Medical and sanitary report of the native army of Bengal for the year
Year: 1875
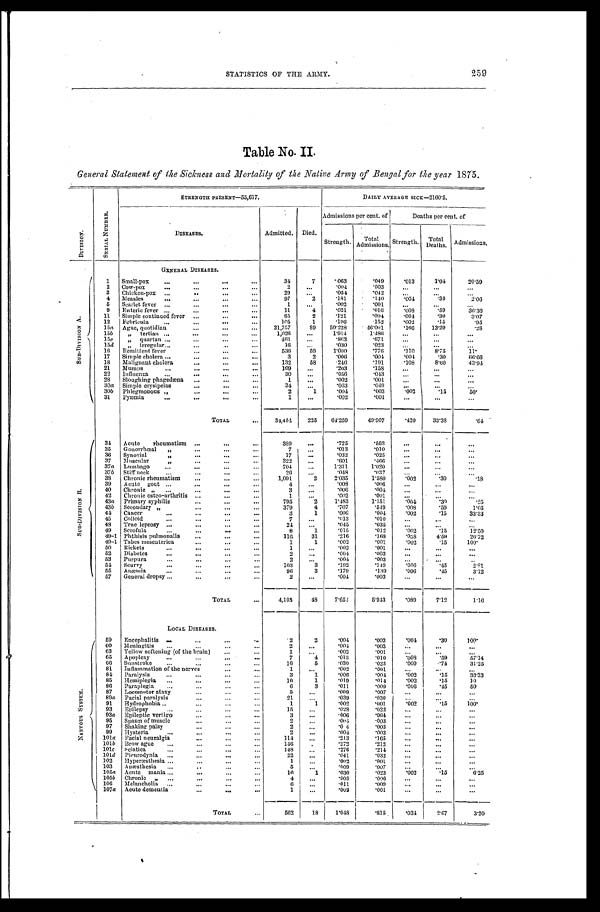
STATISTICS OF THE ARMY. 259
Table No. II.
General Statement of the Sickness and Mortality of the Native Army of Bengal for the year 1875.
D I V I S I O N .
S E R I A L N U M B E R .
E T R E N G T H P R E S E N T —5 3 , 6 1 7 .
DAILY AVERAGE SICK—2160.5.
D I S E A S E S .
Admitted. Died.
Admissions per cent. of
Deaths per cent. of
Strength. Total
Admissions. Strength. Total
Deat hs. Admi ssi ons.
GENERAL DISEASES.
S U B - D I V I S I O N A .
1 Small-pox
...
...
. . . ...
34
7
.063
.049
. 0 1 3 1.04
20.59
2 Cow-pox
. . . ...
. . . ...
2
...
. 0 0 4 .003
...
...
...
3 Chicken-pox ...
...
. . .
. . .
29
. . .
. 0 5 4 .042
. . .
... ...
4 Measles
. . . ...
...
...
97
2
. 1 8 1 .140
. 0 0 4
. 3 0
2 . 0 6
5 Scarlet fever ...
...
. . . ...
1
...
. 0 0 2 .001
...
...
...
9 Enteric fever ...
...
...
...
11
4
. 0 2 1 .016
. 0 0 8
. 5 9 36.36
11 Simple continued fever ...
...
...
65
2
. 1 2 1 .094
. 0 0 4
. 3 0 3.07
12 Febricula
...
...
. . .
...
105
1
. 1 9 6 .152
. 0 0 2
. 1 5
. 9 5
15a Ague, quotidian
...
. . .
. . . 31,757
8 9 59.228
46.001
. 1 6 6 13.20
. 2 8
15b „ tertian ...
...
. . . ...
1,026
...
1.914
1.486
...
...
...
15c „ quartan ...
...
. . . ...
463
...
. 8 6 3 .671
...
...
...
15d
„ irregular...
...
. . .
. . .
16
...
. 0 3 0 .023
. . .
...
. . .
16 Remittent fever
...
. . .
. . .
536
59
1.000
.776
. 1 1 0 8.75
11.
17 Simple cholera ...
...
...
...
3
2
. 0 0 6 .004
. 0 0 4
. 3 0
6 6 . 6 6
18 Malignant cholera
...
...
...
132
58
. 2 4 6 .191
. 1 0 8 8.60
43.94
21 Mumps
. . . ...
...
...
109
...
. 2 0 3 .158
...
...
...
22 influenza
...
...
...
...
30
...
. 0 5 6 .043
...
...
...
28 Sloughing phagedæna ...
...
...
1
...
. 0 0 2 .001
...
...
...
30a Simple erysipelas
...
...
. . .
34
. . .
. 0 6 3 .049
...
... ...
30b Phlegmonous „
...
...
...
2
1
. 0 0 4 .003
. 0 0 2
. 1 5 50.
31 Pyæmia
...
...
...
...
1
...
. 0 0 2 .001
...
...
...
TOTAL
...
3 4 , 4 5 4
225 6 4 . 2 5 9
49.907
. 4 2 0 33.38
. 6 4
S U B - D I V I S I O N B .
34 Acute rheumatism ...
...
...
389 ...
. 7 2 5 .563
...
. . .
. . .
35 Gonorrhœal „
...
...
...
7
...
. 0 1 3 .010
...
. . .
...
36 Synovial
„ ...
...
...
17
...
. 0 3 2 .025
...
. . .
...
37 Muscular
„
...
...
. . .
322
...
. 6 0 1 .466 ...
...
...
37a Lumbago
. . .
...
...
...
704
...
1.311
1.020
...
... ...
37b Stiff neck
. . .
...
...
...
26
. . .
. 0 4 8 .037 ...
...
...
38 Chronic rheumatism ...
...
...
1,091
2
2.035
1.580
. 0 0 2
. 3 0
. 1 8
39 Acute gout ...
...
...
...
4
...
. 0 0 8 .006
...
...
...
40 Chronic „ ...
...
...
...
3
. . .
. 0 0 6 .004
...
...
...
4 2 Chronic osteo-arthritis ...
...
. . .
1
. . .
. 0 0 2 .001
...
... ...
43a Primary syphilis
...
...
...
795
2
1.483
1.151
. 0 0 4
. 3 0
. 2 5
43b Secondary „
...
...
...
379
4
. 7 0 7 .549
. 0 0 8
. 5 9 1.05
44 Cancer
...
...
...
...
3
1
. 0 0 6 .004
. 0 0 2
. 1 5 33.33
45 Colloid
...
...
. . .
...
7
. . .
. 0 1 3 .010
...
. . . ...
48 True leprosy ...
...
...
. . .
24
...
. 0 4 5 .035
...
...
...
49 Scrofula
...
...
...
...
8
1
. 0 1 5 .012
. 0 0 2 .15
12.50
49-1 Phthisis pulmonalis
...
. . .
...
116
31
. 2 1 6 .168
.058
4.59
26.72
49-1 Tabes mesenterica
...
...
...
1
1
. 0 0 2 .001
. 0 0 2 .15
100.
50 Rickets
...
...
. . .
. . .
1
...
. 0 0 2 .001
...
...
...
52 Diabetes
...
...
...
. . .
2
...
. 0 0 4 .003 ...
... ...
53 Purpura
. . .
...
...
...
2
. . .
. 0 0 4 .003
...
...
..
54 Scurvy
...
...
...
...
103
3
. 1 9 2 .149
. 0 0 6 .45
2.81
55 Anæmia
...
. . .
...
...
96
3
. 1 7 9 .139
. 0 0 6 .45
3.12
57 General dropsy ...
...
...
. . .
2
...
. 0 0
4
.003
...
...
...
TOTAL
...
4,103
48
7.652
5.943
. 0 8 9 7.12
1.16
L O C A L D I S E A S E S .
N E R V O U S S Y S T E M .
59 Encephalitis ...
...
...
...
2
2
.004
.003
. 0 0 4 .30
100.
60 Meningitis ...
...
...
. . .
2
...
. 0 0 4 .003
...
...
...
63 Yellow softening (of the brain) ...
...
1
...
. 0 0 2 .001
...
...
...
65 Apoplexy
...
...
...
...
7
4
.013
.010
. 0 0 8 .59
57.14
66 Sunstroke ...
...
...
. . .
16
5
.030
.023
. 0 0 9
. 7 4 31.25
81 Inflammation of the nerves
. . .
...
1
...
.002
.001
...
...
...
84 Paralysis
...
...
. . .
. . .
3
1
.006
.004
. 0 0 2.15
33.33
85 Hemiplegia ...
. . .
...
...
10
1
.019
.014
. 0 0 2 .15
10
86 Paraplegia ...
. . .
...
...
6
3
.011
.009
. 0 0 6 .45
50
87 Locomotor ataxy
. . .
. . .
...
5
...
.009
.007
...
...
...
89a Facial paralysis
. . .
...
...
21
. . .
.039
.030 ...
... ...
91 Hydrophobia ..
. . .
. . .
...
1
1
.002
.001
. 0 0 2 .15
100.
93 Epilepsy
...
. . .
. . .
...
15
...
.028
.022
...
...
...
93a Epileptic vertigo
. . .
...
...
3
...
.006
.004...
...
...
95 Spasm of muscle
. . .
...
...
2
. . .
.004
.003
...
...
...
97 Shaking palsy
...
. . .
...
2
...
.0 4
.003 ...
...
...
99 Hysteria
. . .
. . .
...
...
2
...
.004
.003
...
... ...
101 a Facial neuralgia
. . .
...
. . .
114
...
.213
.165
...
...
...
101b Brow ague ...
...
...
...
146
.
.272
.212
...
. . . ...
101c Sciatica
...
. . .
. . .
...
148
...
.276
.214
...
...
...
101d Pleurodynia . . .
. . .
...
. . .
22
...
.041
.032 ...
...
...
102 Hyperæsthesia ..
.
. . .
...
...
1
. . .
.002
.001
...
...
. . .
103 Anæsthesia ...
..
...
. . .
5
...
.009
.007
...
...
...
105a Acute mania ...
...
...
...
16
1
.030
.023
. 0 0 2 .15
6.25
105b Chronic „ ...
...
. . .
...
4
...
.008
.006
...
...
...
106 Melancholia ...
. . .
...
. . .
6
. . .
.011
.009 ...
......
107a Acute dementia
...
. . .
...
1
...
.002
.001
...
...
...
TOTAL
...
562
18
l.048 .815 .034
2.67
3.20